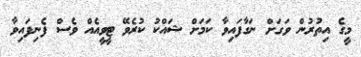
މީގެ އިތުރުން ވަގަށް ނަގާފައިވާ ކަމަށް ޝައްކު ކުރެވޭ ޓީވީއެއް ވެސް ފެނިފައިވާ